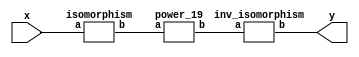
`timescale 1ns/100ps
module SMSS32_19_np_7_2(x,y);
	 input [5:0] x;
	 output [5:0] y;
	 wire [5:0] w;
	 wire [5:0] p;
	 isomorphism C2 (x,w);
	 power_19 C3 (w,p);
	 inv_isomorphism C4 (p,y);
endmodule

module add_base(a,b,c);
	 input [2:0] a;
	 input [2:0] b;
	 output [2:0] c;
	 assign c[0]=a[0]^b[0];
	 assign c[1]=a[1]^b[1];
	 assign c[2]=a[2]^b[2];
endmodule

module multiplication_base(a,b,c);
	 input [2:0] a;
	 input [2:0] b;
	 output [2:0] c;
	 assign c[0]=(a[0]&b[0])^(a[1]&b[2])^(a[2]&b[1])^(a[2]&b[2]);
	 assign c[1]=(a[0]&b[1])^(a[1]&b[0])^(a[2]&b[2]);
	 assign c[2]=(a[2]&b[0])^(a[1]&b[1])^(a[0]&b[2])^(a[1]&b[2])^(a[2]&b[1])^(a[2]&b[2]);
endmodule

module square_base(a,b);
	 input [2:0] a;
	 output[2:0] b;
	 assign b[0]=a[0]^a[2];
	 assign b[1]=a[2];
	 assign b[2]=a[1]^a[2];
endmodule

module four_base(a,b);
	 input [2:0] a;
	 output[2:0] b;
	 assign b[0]=a[0]^a[1];
	 assign b[1]=a[1]^a[2];
	 assign b[2]=a[1];
endmodule

module power_19(a,b);
	 input [5:0] a;
	 output [5:0] b;
	 wire [2:0] x_0;
	 wire [2:0] x_1;
	 wire [2:0] x_2;
	 wire [2:0] x_3;
	 wire [2:0] x_4;
	 wire [2:0] x_5;
	 wire [2:0] x_6;
	 wire [2:0] y_0;
	 wire [2:0] y_1;
	 assign x_0[0]=a[0];
	 assign x_0[1]=a[1];
	 assign x_0[2]=a[2];
	 assign x_1[0]=a[3];
	 assign x_1[1]=a[4];
	 assign x_1[2]=a[5];
	 add_base  A1 (x_0,x_1,x_2);
	 four_base A2 (x_2,x_3);
	 multiplication_base A3 (x_0,x_1,x_4);
	 square_base  A4 (x_4,x_5);
	 add_base A5 (x_5,x_3,x_6);
	 multiplication_base A6 (x_0,x_6,y_0);
	 multiplication_base A7 (x_1,x_6,y_1);
	 assign b[0]=y_0[0];
	 assign b[1]=y_0[1];
	 assign b[2]=y_0[2];
	 assign b[3]=y_1[0];
	 assign b[4]=y_1[1];
	 assign b[5]=y_1[2];
endmodule

module inv_isomorphism(a,b);
	 input [5:0] a;
	 output [5:0] b;
	 assign b[0]=a[0]^a[2]^a[4]^a[5];
	 assign b[1]=a[1]^a[5];
	 assign b[2]=a[1]^a[3]^a[4];
	 assign b[3]=a[5];
	 assign b[4]=a[1]^a[2];
	 assign b[5]=a[0]^a[1]^a[5];
endmodule

module isomorphism(a,b);
	 input [5:0] a;
	 output [5:0] b;
	 assign b[0]=a[0]^a[2]^a[3];
	 assign b[1]=a[2]^a[3]^a[4]^a[5];
	 assign b[2]=a[1]^a[3];
	 assign b[3]=a[0]^a[1]^a[5];
	 assign b[4]=a[1]^a[2];
	 assign b[5]=a[1]^a[2]^a[4];
endmodule